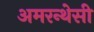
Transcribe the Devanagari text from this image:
अमरन्थेसी